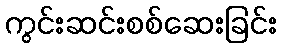
ကွင်းဆင်းစစ်ဆေးခြင်း